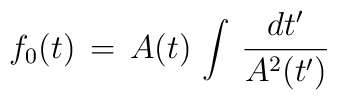
f_0(t) \, = \, A(t) \, \int \, {dt' \over A^2(t')}